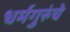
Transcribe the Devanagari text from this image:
धर्मगुरुंचे